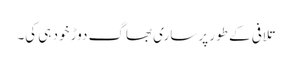
تلافی کے طور پر ساری بھاگ دوڑ خود ہی کی۔